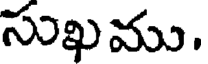
సుఖము.